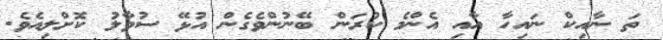
ތަ ނާއިކް ނައިހާ އާއި އެންމެ ކުރަން ބޭނުންވެގެން އުޅޭ ސުވާލު ކޮށްލިއެވެ.